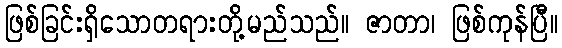
ဖြစ်ခြင်းရှိသောတရားတို့မည်သည်။ ဇာတာ၊ ဖြစ်ကုန်ပြီ။